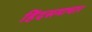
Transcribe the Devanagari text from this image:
हिंदसमाचार